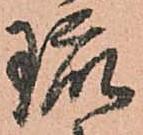
琉